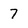
Character: 7